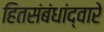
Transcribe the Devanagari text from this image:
हितसंबंधांद्वारे